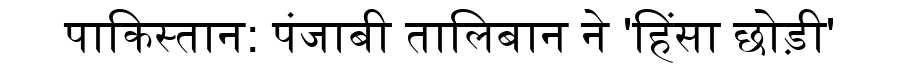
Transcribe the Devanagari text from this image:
पाकिस्तान: पंजाबी तालिबान ने 'हिंसा छोड़ी'